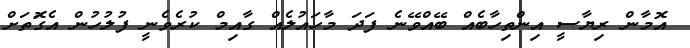
އޮމާން ރިޔާސީ އިންތިހާބެއް ބޭއްވޭނެ ފަދަ މާހައުލެއް ގާއިމް ކުރެވެނީ ފުލުހުން އެގޮަތަށް